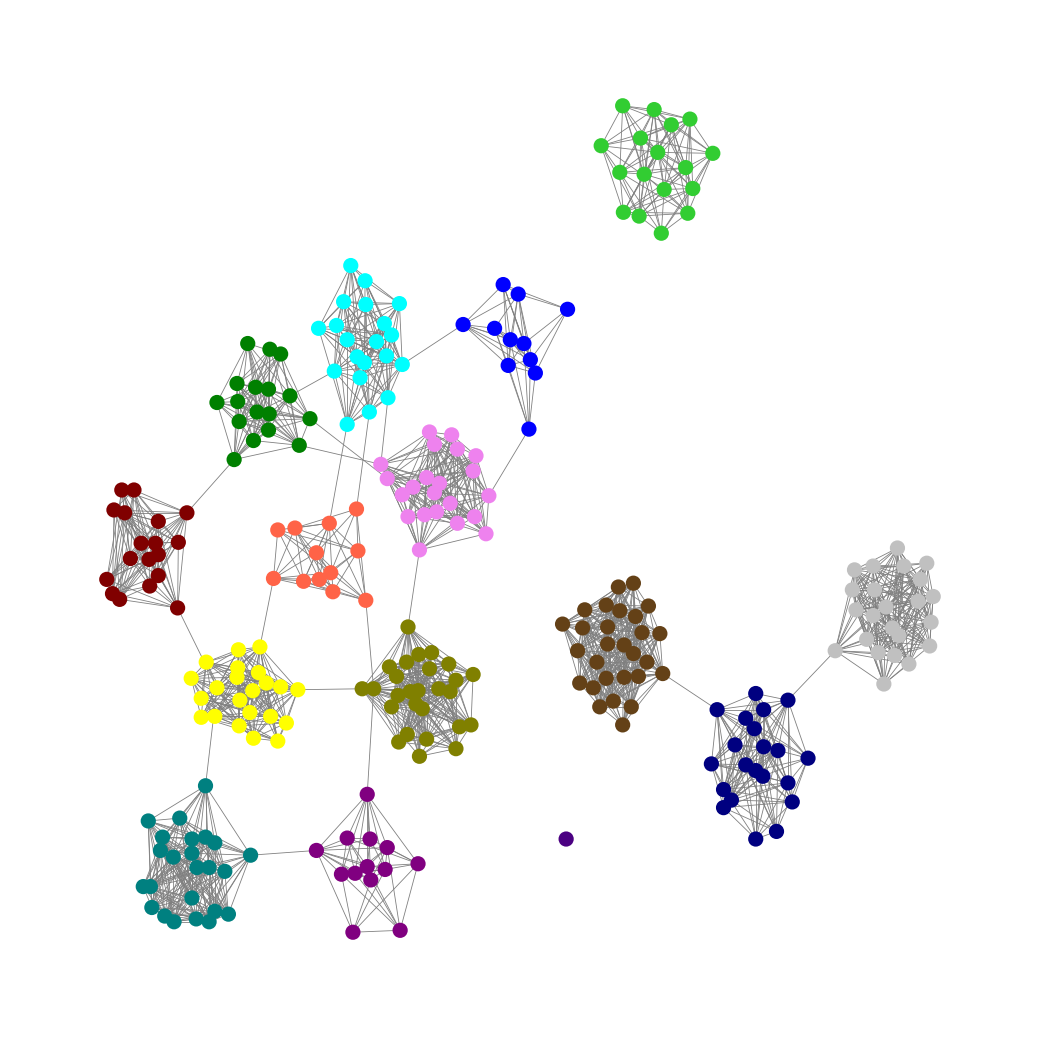
Graph connected: No
Number of connected components: 4
Number of singletons: 1
Total number of nodes: 276
Total number of edges: 1970
Number of communities: 15
Community sizes:
Aqua: 20
Blue: 11
Green: 17
Indigo: 1
Lime Green: 17
Maroon: 18
Navy: 21
Olive: 27
Pullman Brown: 28
Purple: 13
Silver: 23
Teal: 24
Tomato: 12
Violet: 22
Yellow: 22
Graph layout: tda
Graph generation method: erdos_renyi